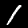
Label: 1